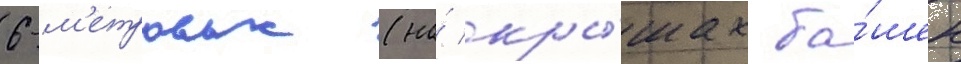
6-м'етровых (на́ кры́шах ба́шен